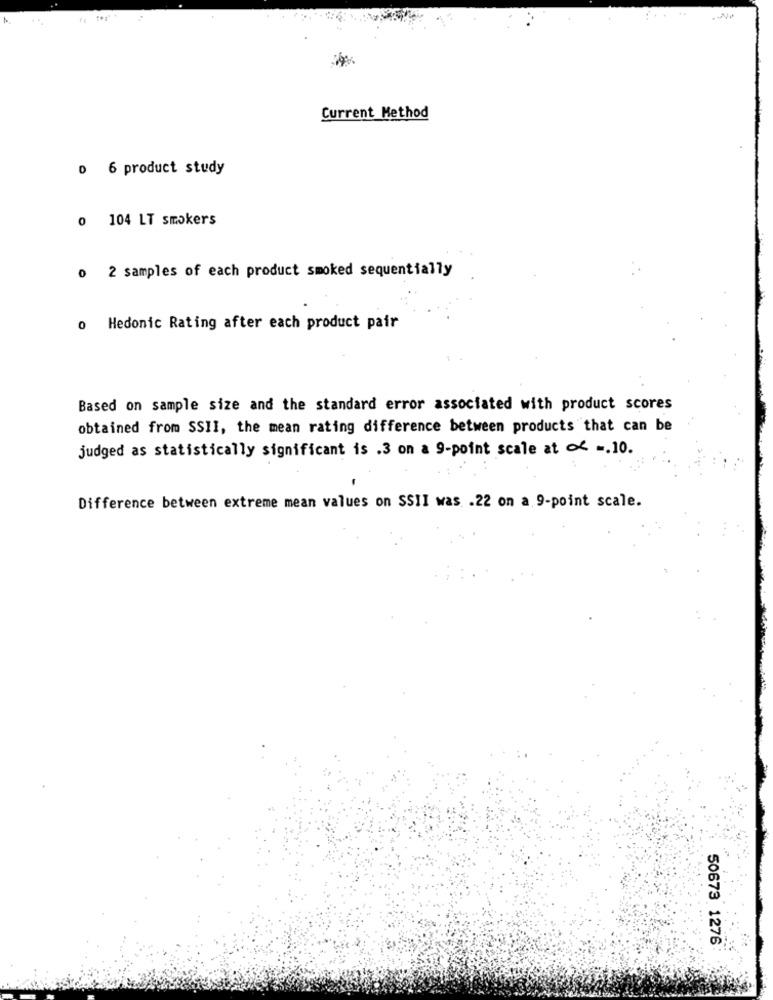
Current Method
0 6 product study
0 104 LT smokers
o 2 samples of each product smoked sequentially
o Hedonic Rating after each product pair
Based on sample size and the standard error associated with product scores
obtained from SSII, the mean rating difference between products that can be
judged as statistically significant is .3 on a 9-point scale at of -. 10.
Difference between extreme mean values on SSII was .22 on a 9-point scale.
50673 1276